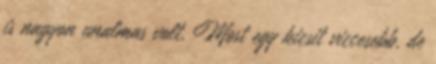
is nagyon unalmas volt. Most egy kicsit viccesebb, de